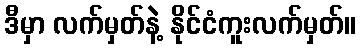
ဒီမှာ လက်မှတ်နဲ့ နိုင်ငံကူးလက်မှတ်။